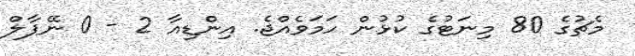
މެޗުގެ 80 މިނަޓުގެ ކުޅުން ހަމަވެއްޖެ. އިންޑިއާ 2 - 0 ނޭޕާލް